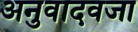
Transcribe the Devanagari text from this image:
अनुवादवजा